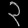
Digit: ၃